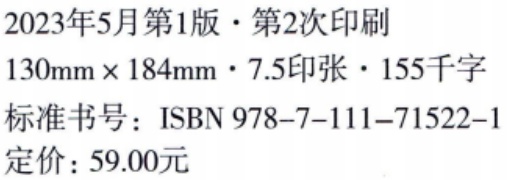
2023年5月第1版·第2次印刷

130mm×184mm·7.5印张·155千字

标准书号：ISBN 978-7-111-71522-1

定价：59.00元